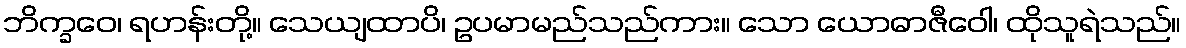
ဘိက္ခဝေ၊ ရဟန်းတို့။ သေယျထာပိ၊ ဥပမာမည်သည်ကား။ သော ယောဓာဇီဝေါ၊ ထိုသူရဲသည်။